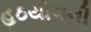
હઠયોગની